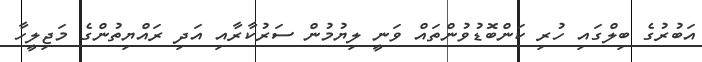
އަބުރުގެ ބިލްގައި ހުރި ކަންބޮޑުވުންތައް ވަނީ ލިޔުމުން ސަރުކާރާއި އަދި ރައްޔިތުންގެ މަޖިލީހާ